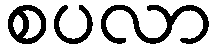
စပလာ